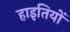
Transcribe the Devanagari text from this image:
हाइतियों